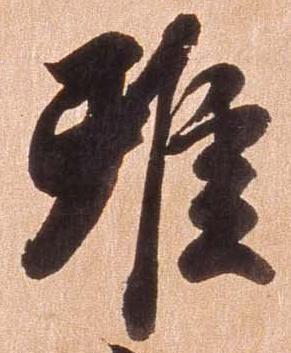
雖